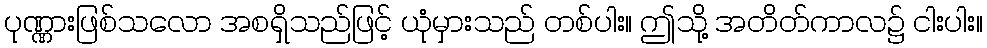
ပုဏ္ဏားဖြစ်သလော အစရှိသည်ဖြင့် ယုံမှားသည် တစ်ပါး။ ဤသို့ အတိတ်ကာလ၌ ငါးပါး။